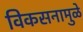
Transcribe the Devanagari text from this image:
विकसनामुळे